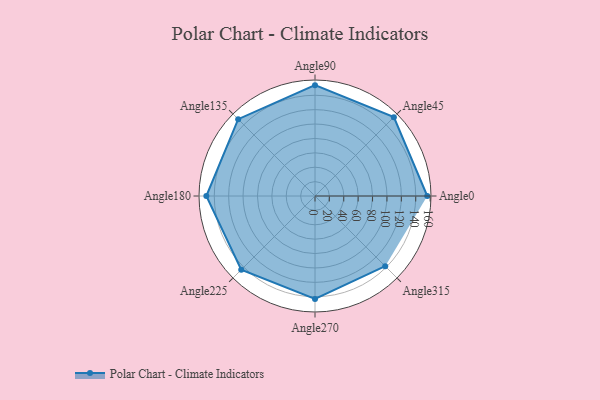
{"axis": {"x": "Angle", "y": "Radius"}, "legend": [""], "data": [{"x": "Angle0", "y": 156.0, "type": ""}, {"x": "Angle45", "y": 155.0, "type": ""}, {"x": "Angle90", "y": 154.0, "type": ""}, {"x": "Angle135", "y": 151.0, "type": ""}, {"x": "Angle180", "y": 151.0, "type": ""}, {"x": "Angle225", "y": 145.0, "type": ""}, {"x": "Angle270", "y": 143.0, "type": ""}, {"x": "Angle315", "y": 138.0, "type": ""}]}